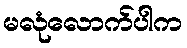
မလုံလောက်ပါက